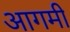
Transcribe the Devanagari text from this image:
आगमी